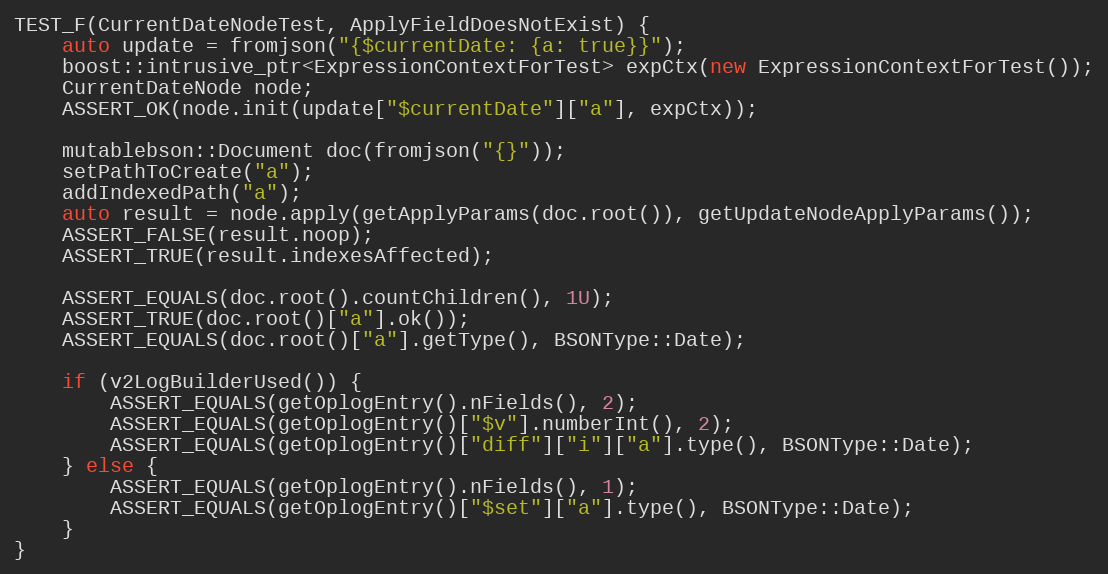
Language: C++
TEST_F(CurrentDateNodeTest, ApplyFieldDoesNotExist) {
    auto update = fromjson("{$currentDate: {a: true}}");
    boost::intrusive_ptr<ExpressionContextForTest> expCtx(new ExpressionContextForTest());
    CurrentDateNode node;
    ASSERT_OK(node.init(update["$currentDate"]["a"], expCtx));

    mutablebson::Document doc(fromjson("{}"));
    setPathToCreate("a");
    addIndexedPath("a");
    auto result = node.apply(getApplyParams(doc.root()), getUpdateNodeApplyParams());
    ASSERT_FALSE(result.noop);
    ASSERT_TRUE(result.indexesAffected);

    ASSERT_EQUALS(doc.root().countChildren(), 1U);
    ASSERT_TRUE(doc.root()["a"].ok());
    ASSERT_EQUALS(doc.root()["a"].getType(), BSONType::Date);

    if (v2LogBuilderUsed()) {
        ASSERT_EQUALS(getOplogEntry().nFields(), 2);
        ASSERT_EQUALS(getOplogEntry()["$v"].numberInt(), 2);
        ASSERT_EQUALS(getOplogEntry()["diff"]["i"]["a"].type(), BSONType::Date);
    } else {
        ASSERT_EQUALS(getOplogEntry().nFields(), 1);
        ASSERT_EQUALS(getOplogEntry()["$set"]["a"].type(), BSONType::Date);
    }
}